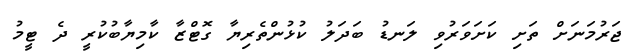
ޖަރުމަނަށް ތަށި ކަށަވަރުވި ލަނޑު ބަދަލު ކުޅުންތެރިޔާ ގޮޓްޒާ ކާމިޔާބުކުރީ ދެ ޓީމު